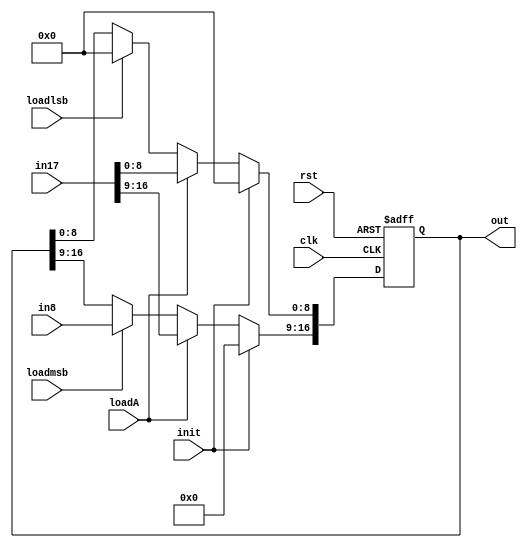
module RegA(
    input[7:0] in8, input [16:0] in17, input loadlsb, loadmsb, loadA, init, clk, rst,
    output reg [16:0]out);

    always@(posedge clk, posedge rst)begin
      if(rst)
          out<=16'b0;
      else if (init)
          out <= 16'b0;
      else if (loadA)
          out <= in17;
      else begin
          if (loadlsb)
              out[8:0] <= {in8,0};
          if (loadmsb)
              out[16:9] <= in8;
      end
    end

endmodule